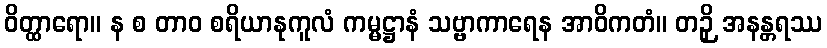
ဝိတ္ထာရော။ န စ တာဝ စရိယာနုကူလံ ကမ္မဋ္ဌာနံ သဗ္ဗာကာရေန အာဝိကတံ။ တဉှိ အနန္တရဿ